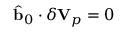
\hat { \mathbf { b } } _ { 0 } \cdot \delta \mathbf { V } _ { p } = 0